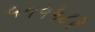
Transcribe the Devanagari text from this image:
५५५५८३